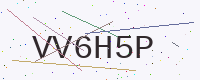
Text: VV6H5P